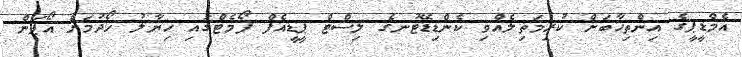
އެމްޑީޕީގެ އިންތިޚާބަށް ކުރިމަތިލެއްވި ކެންޑިޑޭޓުނގެ ލިސްޓް ޕީޑީއެފް ފޯމެޓްގައި ޚިޔާލު ހޯދުމަށް އޯޕަން